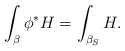
\begin{align*} \int_{\beta} \phi^*H = \int_{\beta_S} H.\end{align*}